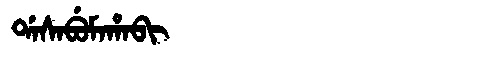
Manchu: ᡩᠠᠰᠠᠪᡠᠮᠠᡥᠠᠪᡳ
Romanization: DASABUMAHABI